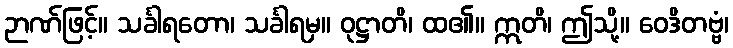
ဉာဏ်ဖြင့်။ သင်္ခါရတော၊ သင်္ခါရမှ။ ဝုဋ္ဌာတိ၊ ထ၏။ ဣတိ၊ ဤသို့။ ဝေဒိတဗ္ဗံ၊